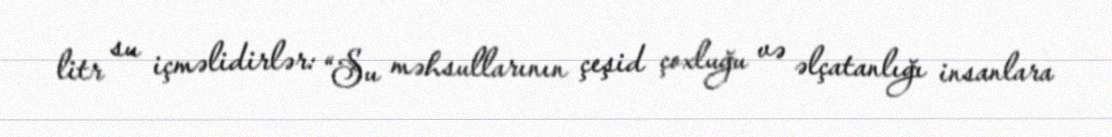
litr su içməlidirlər: “Su məhsullarının çeşid çoxluğu və əlçatanlığı insanlara